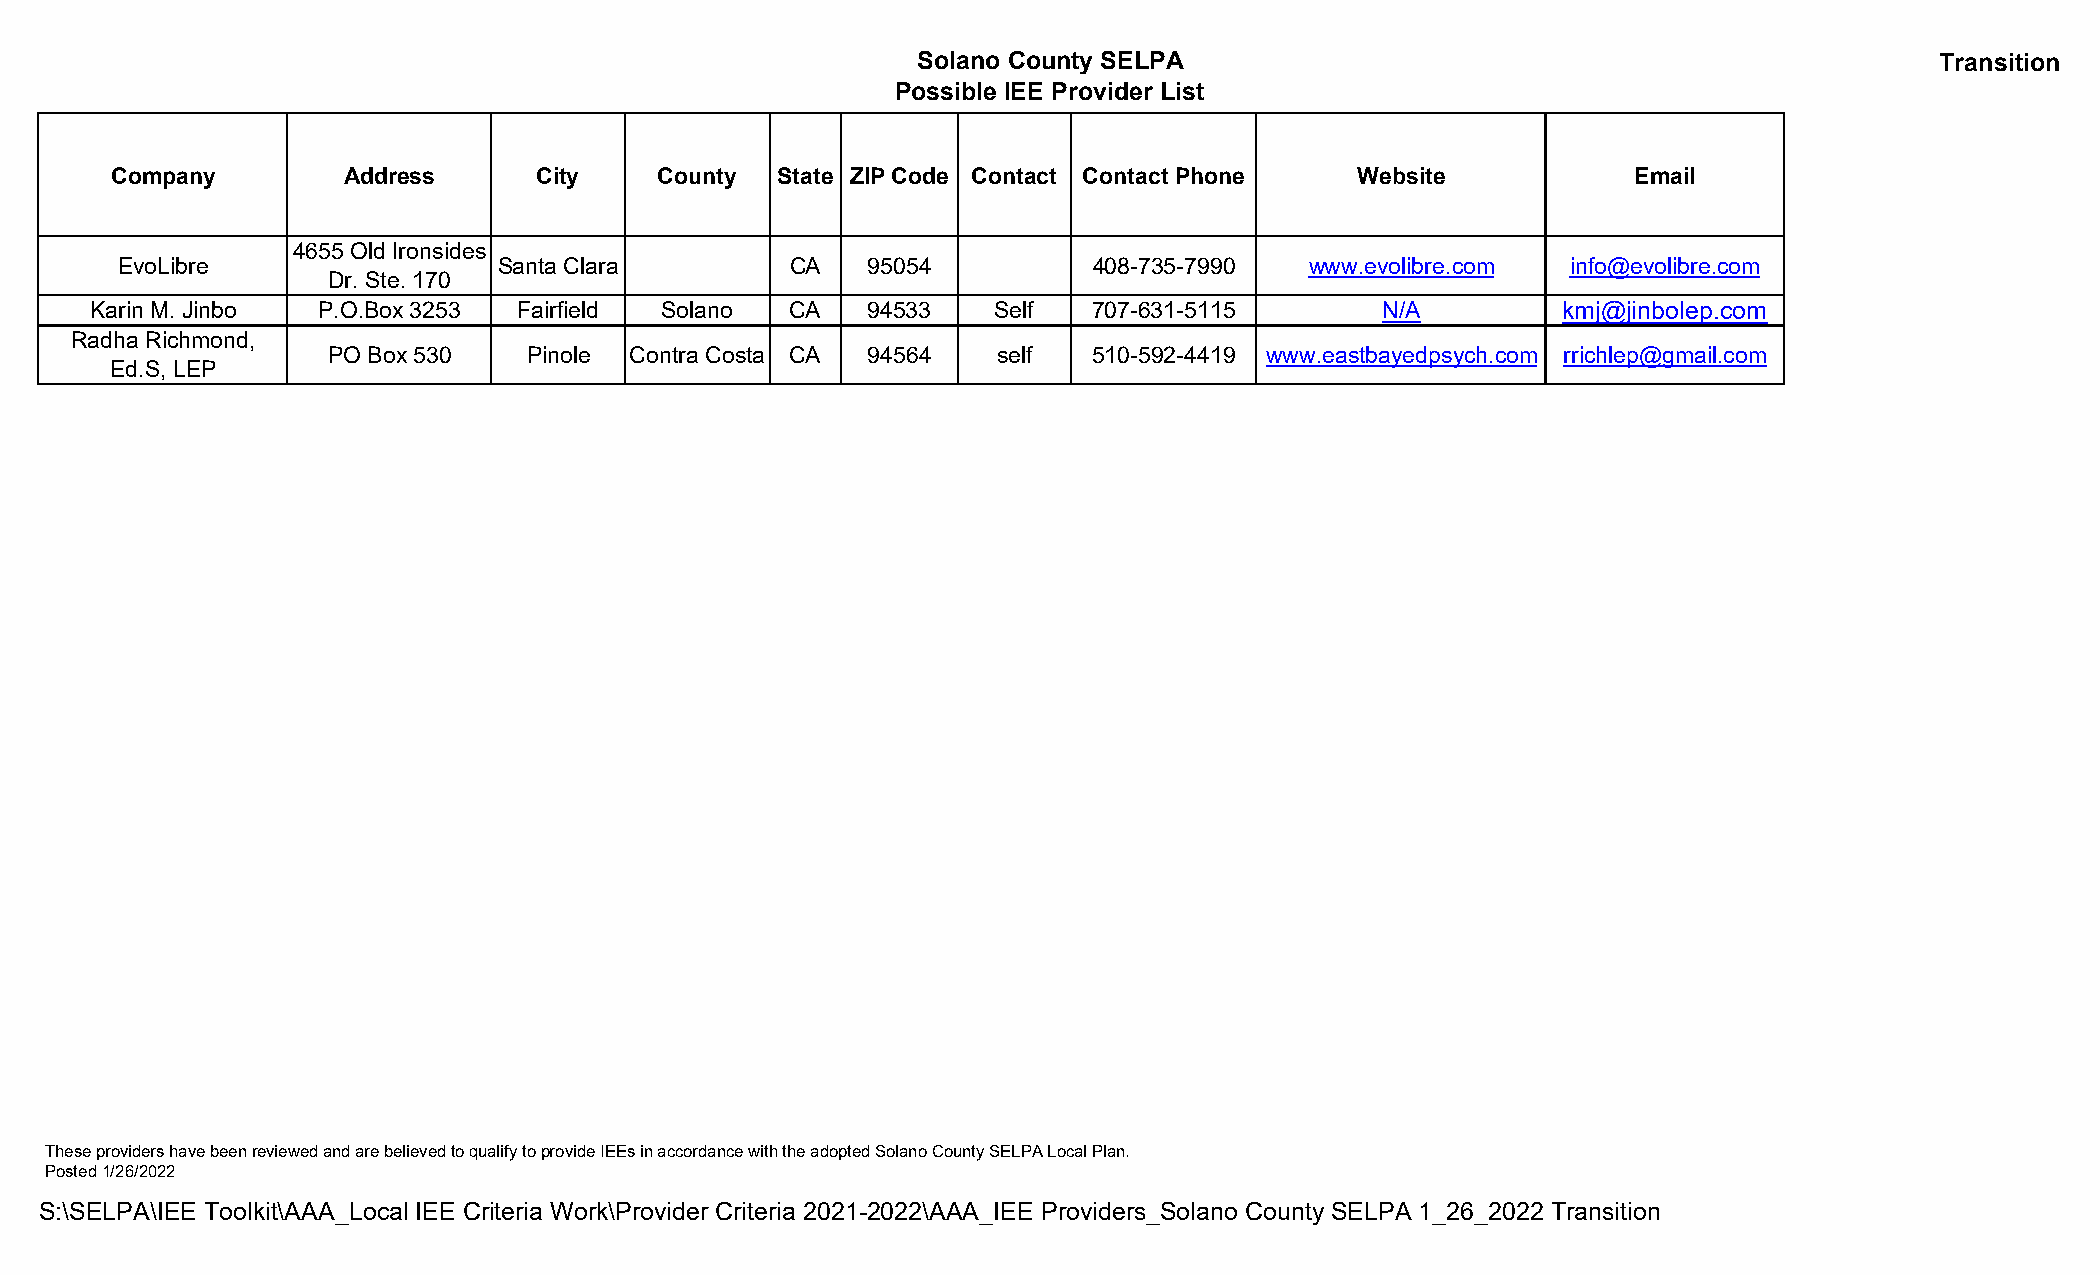
Solano County SELPA                                                Transition
 Possible IEE Provider List
 Company         Address      City    County State ZIP Code Contact Contact Phone   Website           Email
 4655 Old Ironsides
 EvoLibre                 Santa Clara        CA   95054          408-735-7990   www.evolibre.com info@evolibre.com
 Dr. Ste. 170
 Karin M. Jinbo P.O.Box 3253 Fairfield Solano  CA   94533    Self  707-631-5115        N/A        kmj@jinbolep.com
 Radha Richmond,
 PO Box 530   Pinole Contra Costa CA 94564   self  510-592-4419 www.eastbayedpsych.com rrichlep@gmail.com
 Ed.S, LEP
 These providers have been reviewed and are believed to qualify to provide IEEs in accordance with the adopted Solano County SELPA Local Plan.
 Posted 1/26/2022
 S:\SELPA\IEE Toolkit\AAA_Local IEE Criteria Work\Provider Criteria 2021-2022\AAA_IEE Providers_Solano County SELPA 1_26_2022 Transition